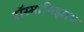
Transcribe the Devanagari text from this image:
रॉस्मानिझाम